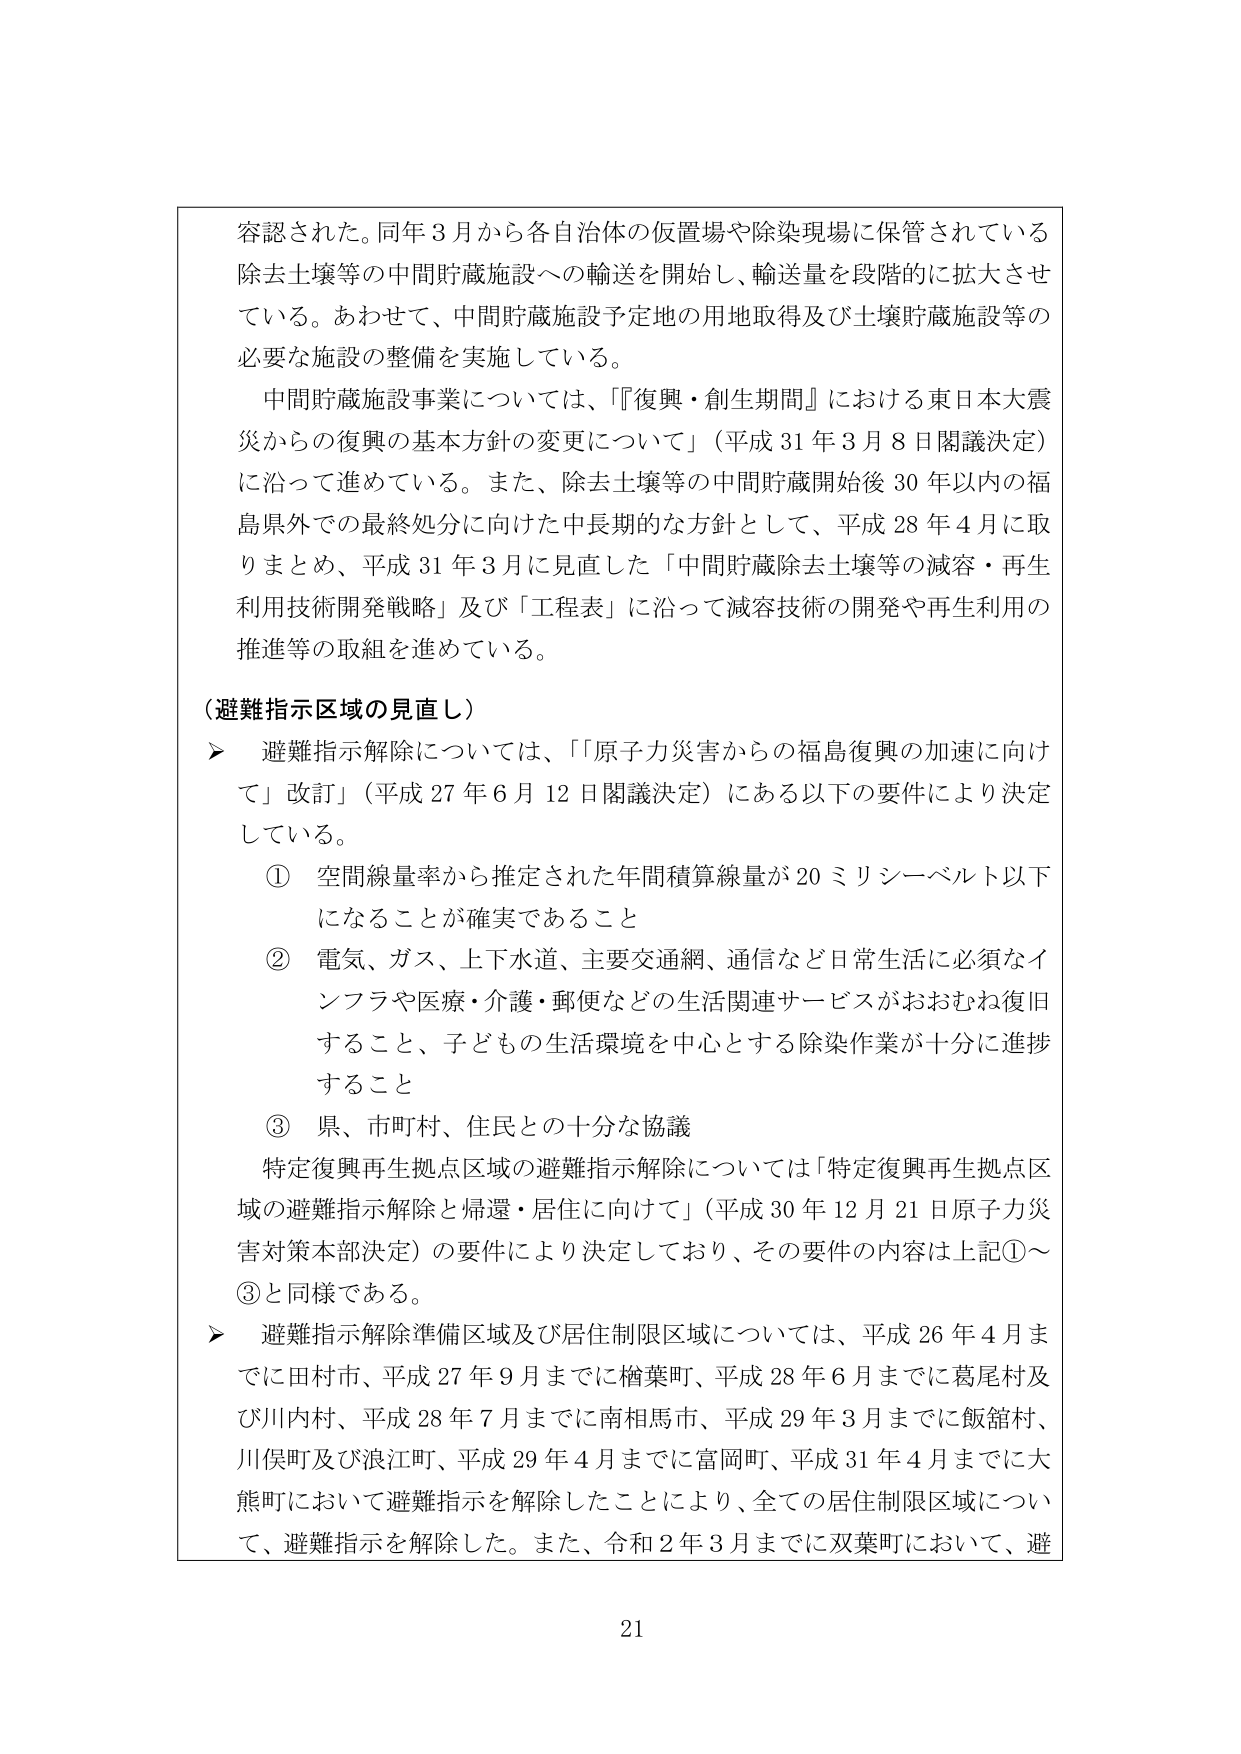
容認された。同年３月から各自治体の仮置場や除染現場に保管されている除去土壌等の中間貯蔵施設への輸送を開始し、輸送量を段階的に拡大させている。あわせて、中間貯蔵施設予定地の用地取得及び土壌貯蔵施設等の必要な施設の整備を実施している。

中間貯蔵施設事業については、「『復興・創生期間』における東日本大震災からの復興の基本方針の変更について」（平成31年3月8日閣議決定）に沿って進めている。また、除去土壌等の中間貯蔵開始後30年以内の福島県外での最終処分に向けた中長期的な方針として、平成28年4月に取りまとめ、平成31年3月に見直した「中間貯蔵除去土壌等の減容・再生利用技術開発戦略」及び「工程表」に沿って減容技術の開発や再生利用の推進等の取組を進めている。

（避難指示区域の見直し）

▶ 避難指示解除については、「『原子力災害からの福島復興の加速に向けて』改訂」（平成27年6月12日閣議決定）にある以下の要件により決定している。

① 空間線量率から推定された年間積算線量が20ミリシーベルト以下になることが確実であること

② 電気、ガス、上下水道、主要交通網、通信など日常生活に必須なインフラや医療・介護・郵便などの生活関連サービスがおおむね復旧すること、子どもの生活環境を中心とする除染作業が十分に進捗すること

③ 県、市町村、住民との十分な協議

特定復興再生拠点区域の避難指示解除については「特定復興再生拠点区域の避難指示解除と帰還・居住に向けて」（平成30年12月21日原子力災害対策本部決定）の要件により決定しており、その要件の内容は上記①～③と同様である。

▶ 避難指示解除準備区域及び居住制限区域については、平成26年4月までに田村市、平成27年9月までに楢葉町、平成28年6月までに葛尾村及び川内村、平成28年7月までに南相馬市、平成29年3月までに飯舘村、川俣町及び浪江町、平成29年4月までに富岡町、平成31年4月までに大熊町において避難指示を解除したことにより、全ての居住制限区域について、避難指示を解除した。また、令和2年3月までに双葉町において、避

21